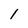
Character: 1